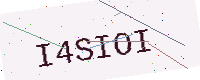
Text: I4SIOI